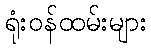
ရုံးဝန်ထမ်းများ